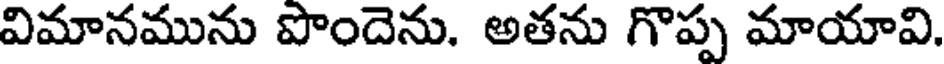
విమానమును పొందెను. అతను గొప్ప మాయావి.